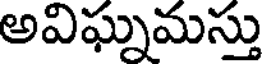
అవిఘ్నమస్తు